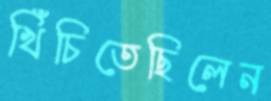
খিঁচিতেছিলেন